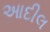
આદીલ